Medical and sanitary report of the native army of Bengal for the year
Year: 1878
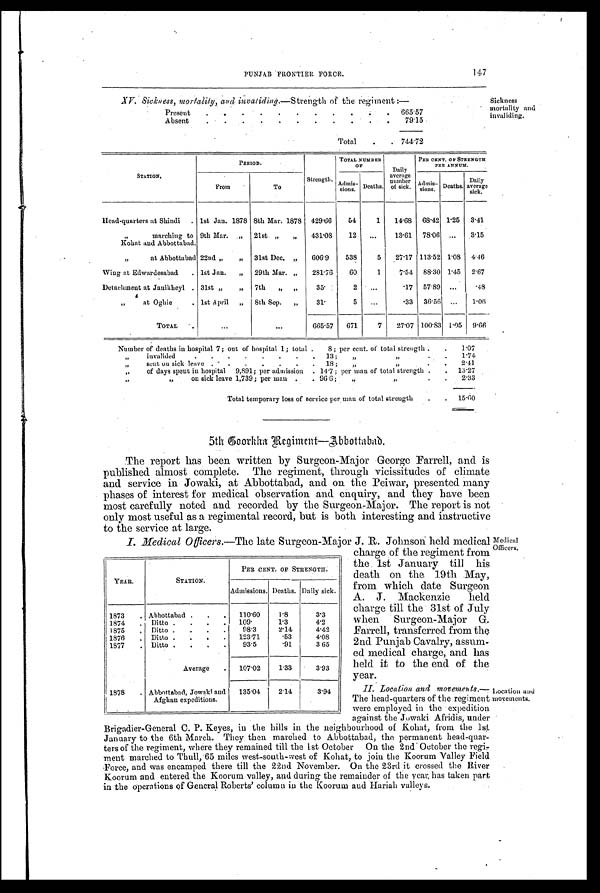
PUNJAB FRONTIER FORCE.
147
XV. Sickness, mortality, and invaliding.—Strength of the regiment
Present
.
. .
.
.
.
.
.
.
.
. 665.57
Absent
.
.
. .
.
. .
.
.
. .
79.15
Total
.
. 744.72
Sickness
mortality and invaliding.
STATION
PERIOD.
Strength.
TOTAL NUMBER
OF Daily
average
number
of sick.
PER CENT. OF STRENGTH
PER ANNUM .
From
To
Admis-sions. Deaths.
Admis-
sions. Deaths.
Daily
average
sick.
Head-quarters at Shindi . 1st Jan. 1878 8th Mar. 1878 429.66
54
1
14.68 68.42 1.25 3.41
9th Mar.„ 21st. „
„
431.08
12 ...
13.61 78.06 ...
3.15
, , m a r c h i n g t o
K o h a s u e d A b b o t t a b a d .
,,
at Abbottabad 22nd „
„ 31st Dec.„
606.9
538
5
27.17 113.52 1.08 4.46
1st Jan. „ 29th Mar. „
281.76
6O
1
7.54 88.30 1.45 2.67
Wing at Edwardesabad
.
Detachment at Janikheyl . 31st „
„ 7th „ „
35
2
. . .
.17 57.89 ...
.48
at Oghie
. 1st April „ 8th Sep. „
31.
5
...
.33 36.56 ...
1.06
TOTAL
... ...
665.57 671
7
27.07 100.83 1.05 9.66
Number of deaths in hospital 7; out of hospital 1; total .
8; per cent. of total strength .
.
1.07
„
invalided
.
.
.
.
.
.
.
. 13;
„
,,
.
174
,,
sent on sick leave . .
.
.
.
.
. 18; „,,
, ,
. . 2.41
„
of days spent in hospital 9,891; per admission . 14.7 ; per man of total strength .
. 13.27
,,
,,
on sick leave 1,739; per man .
. 96.6;
, ,
, ,
. .
2.33
Total temporary loss of service per man of total strength
.
. 15.60
5th Coorkha Regiment—Abbottabad.
The report has been written by Surgeon-Major George Farrell, and is
published almost complete. The regiment, through vicissitudes of climate
and service in Jowaki, at Abbottabad, and on the Peiwar, presented many
phases of interest for medical observation and enquiry, and they have been
most carefully noted and recorded by the Surgeon-Major. The report is not
only most useful as a regimental record, but is both interesting and instructive
to the service at large.
YEAR.
STATION.
PER CENT. OF STRENGTH.
Admissions. Deaths. Daily sick.
1873
Abbottabad
110.60
1.8
3.3
1874
Ditto
109.
1.3
4.2
1875
Ditto
98.3
2.14
4.42
1876
Ditto
123.71
.53
4.08
1877
Ditto
93.5
.91
3 65
Average
107.02
1.33
3.93
1878
Abbottabad, Jowaki and
Afghan expeditions.
135.04
2.14
3.94
I. Medical Officers .—The late Surgeon-Major J. R. Johnson: held medical
charge charge of the regiment from
the 1st January till his
death on the. 19th May,
from which date Surgeon
A. J. Mackenzie held
charge till the 31st of July
when Surgeon-Major G.
Farrell, transferred from the
2nd Punjab Cavalry, assum-
ed medical charge, and has
held. it to the end of the
year.
II. Location and movements.
—The head-quarters of the regiment
were employed in the expedition
against the Jowaki Afridis, under
Brigadier-General C. P. Keyes, in the hills in the neighbourhood of Kohat, from the lst.
January to the 6th March. They then marched to Abbottabad, the permanent head-quar-
ters of the regiment, where they remained till the 1st October On the 2nd October the regi
-ment marched to Thull, 65 miles west-south-west of Kohat, to join the Koorum Valley Field
Force, and was encamped there till the 22nd November. On the 23rd it crossed the River
Koorum and entered the Koorum and during the remainder of the year. has taken part
in the operations of General Roberts' column in the Koorum and Hariah valleys.
Niedical
Xfivors.
Location a
movements.